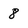
Character: 8